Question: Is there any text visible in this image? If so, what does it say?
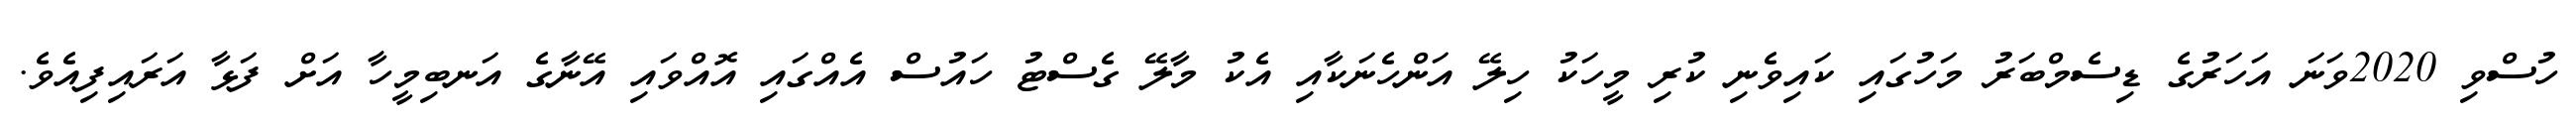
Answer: ހުސްވި 2020ވަނަ އަހަރުގެ ޑިސެމްބަރު މަހުގައި ކައިވެނި ކުރި މީހަކު ހިލޭ އަންހެނަކާއި އެކު މާލޭ ގެސްޓު ހައުސް އެއްގައި އޮއްވައި އޭނާގެ އަނބިމީހާ އަށް ފަޅާ އަރައިފިއެވެ.